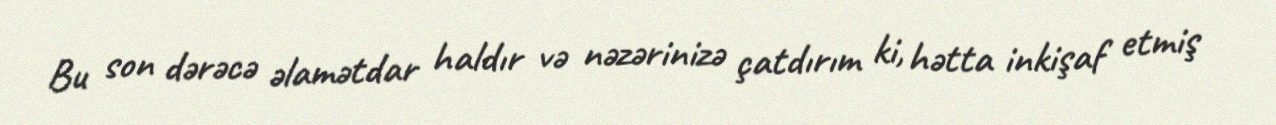
Bu son dərəcə əlamətdar haldır və nəzərinizə çatdırım ki, hətta inkişaf etmiş